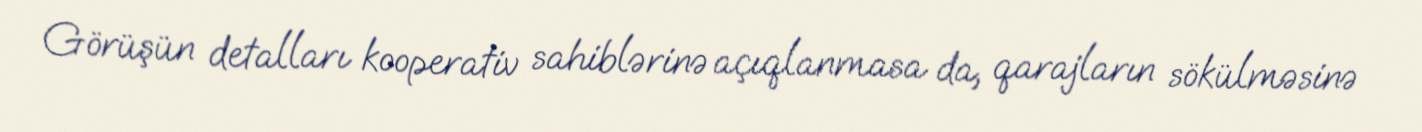
Görüşün detalları kooperativ sahiblərinə açıqlanmasa da, qarajların sökülməsinə